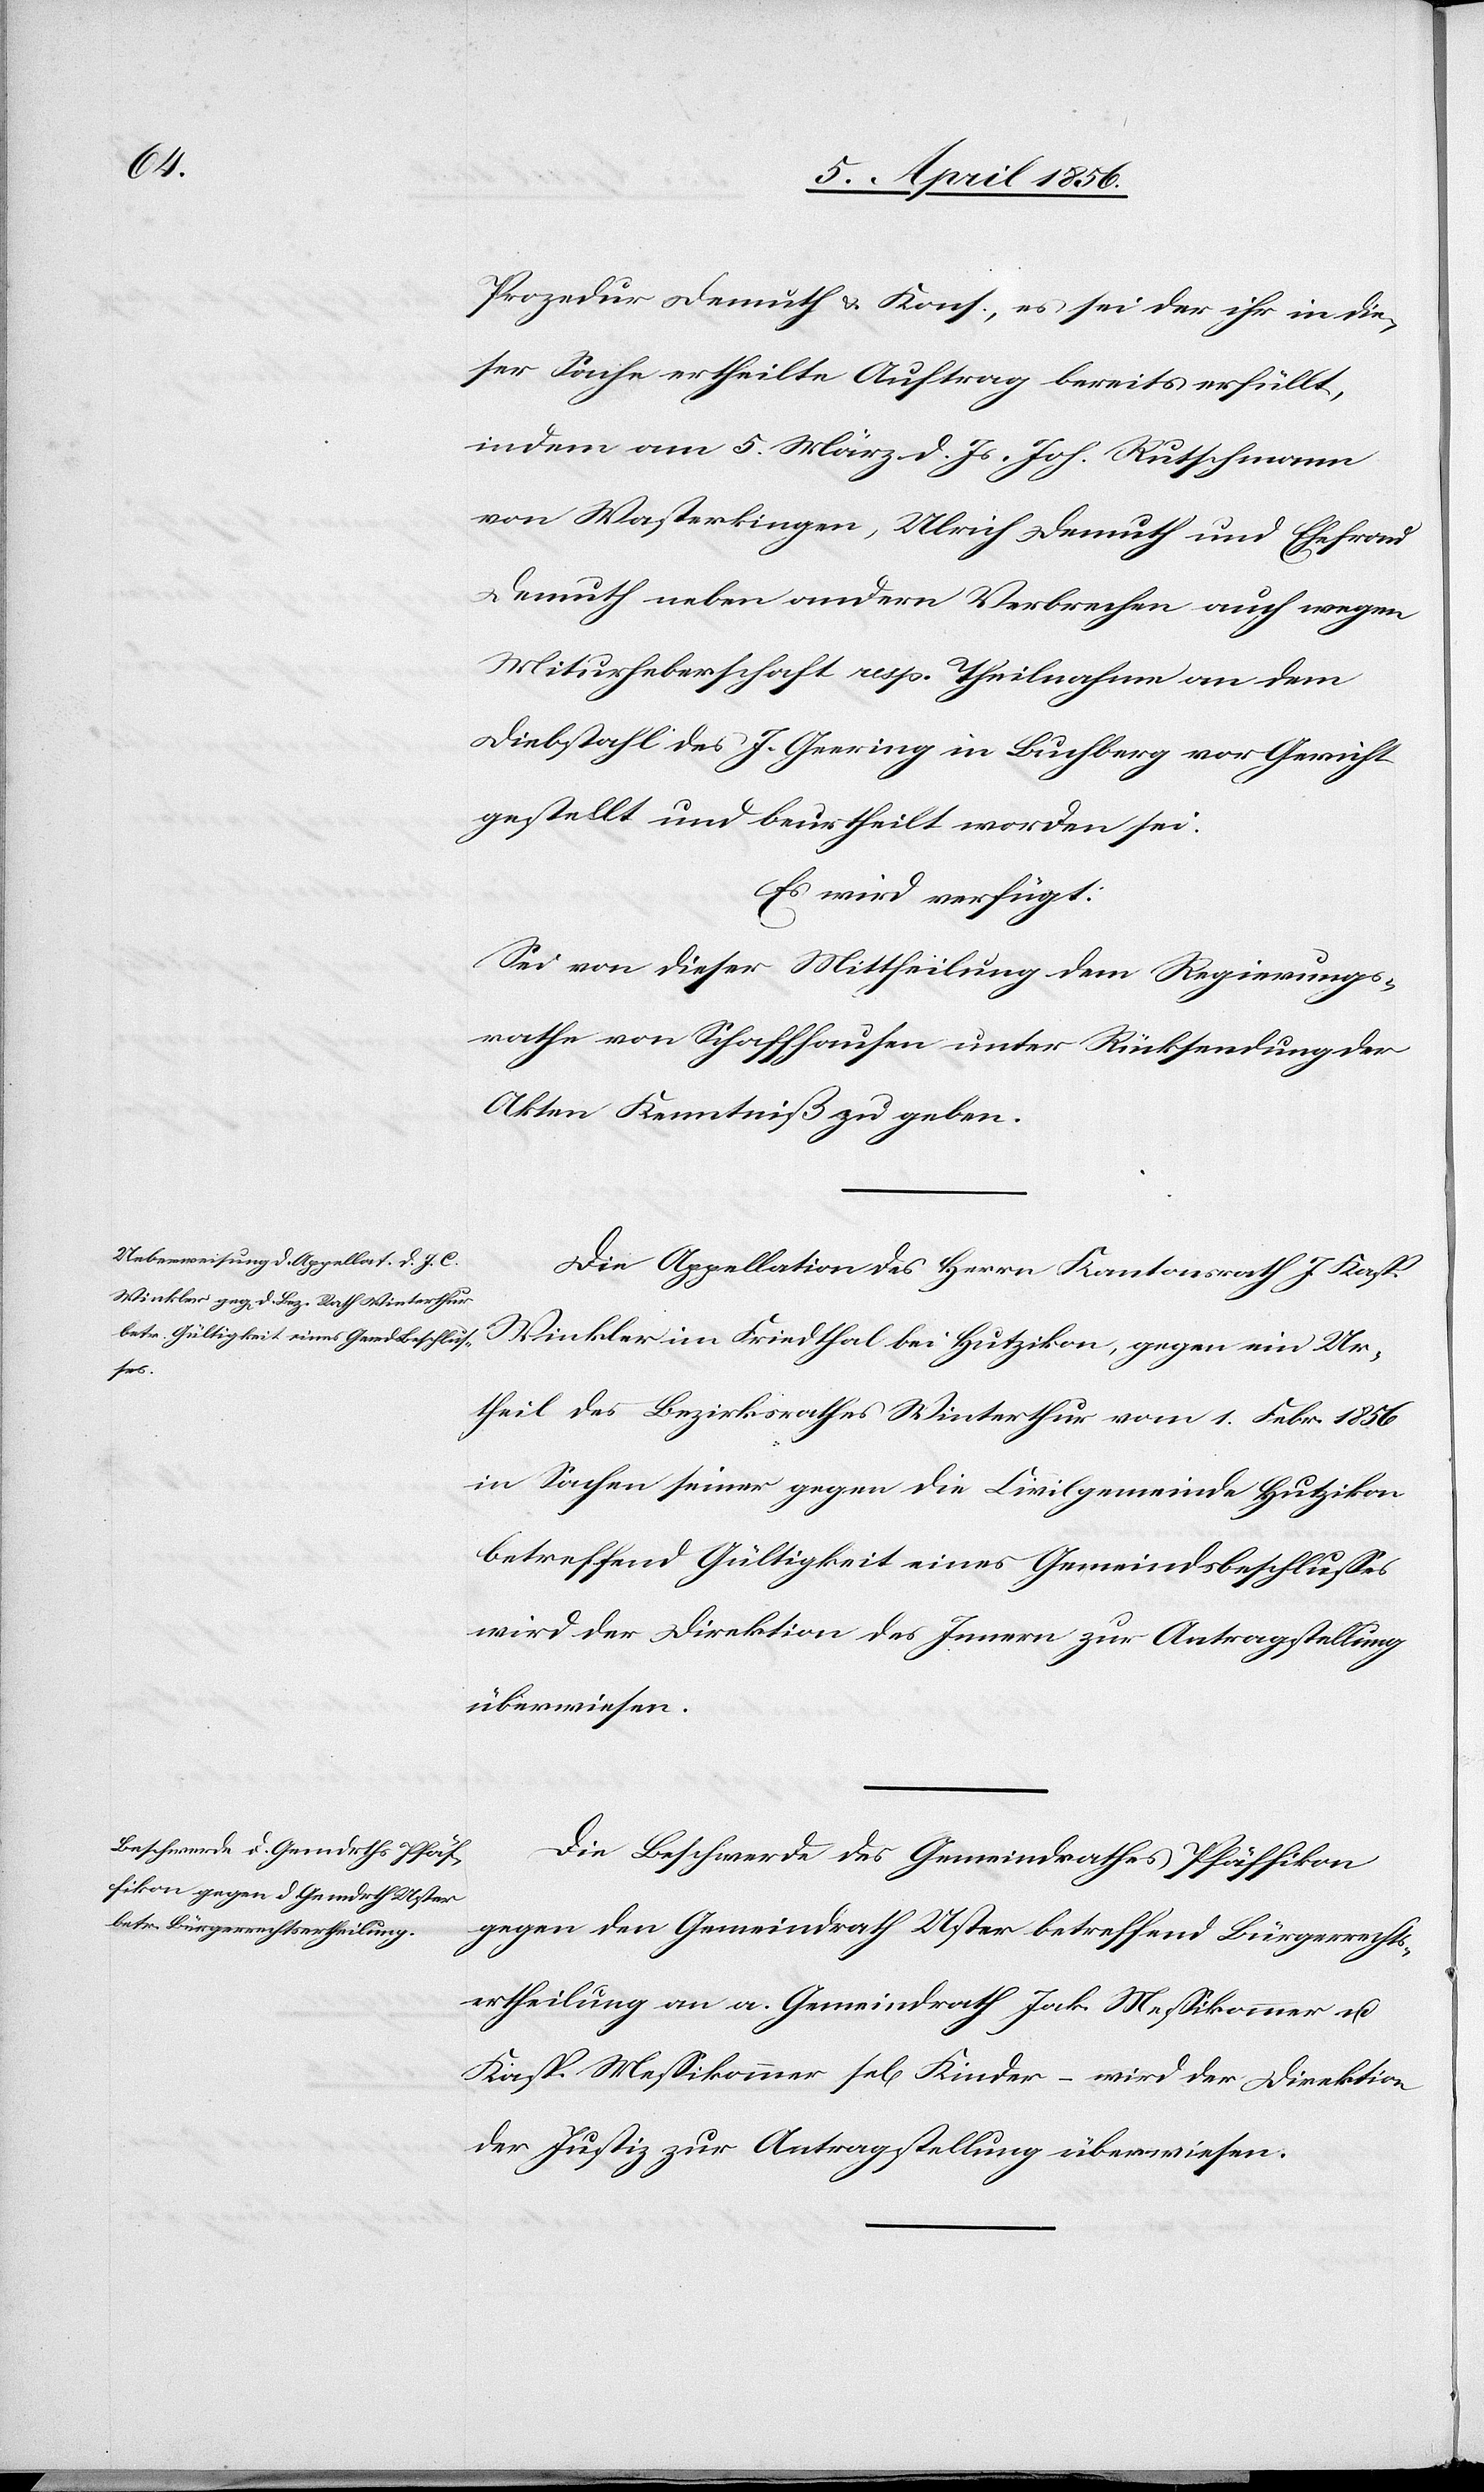
7. April 1856.]
Prozedur Demuth & Kons., es sei der ihr in die¬
ser Sache ertheilte Auftrag bereits erfüllt,
indem am 5. März d. Js. Joh. Rutschmann
von Wasterkingen, Ulrich Demuth und Ehefrau
Demuth neben andern Verbrechen auch wegen
Miturheberschaft resp. Theilnahme an dem
Diebstahl des J. Geering in Buchberg vor Gericht
gestellt und beurtheilt worden sei.
Es wird verfügt:
Sei von dieser Mittheilung dem Regierungs¬
rathe von Schaffhausen unter Rücksendung der
Akten Kenntniß zu geben.
Die Appellation des Herrn Kantonsrath J Kasp.
Winkler im Friedthal bei Hutzikon, gegen ein Ur¬
theil des Bezirksrathes Winterthur vom 1. Febr. 1856
in Sachen seiner gegen die Civilgemeinde Hutzikon
betreffend Gültigkeit eines Gemeindsbeschlusses
wird der Direktion des Innern zur Antragstellung
überwiesen.
Die Beschwerde des Gemeindrathes Pfäffikon
gegen den Gemeindrath Uster betreffend Bürgerrechts¬
ertheilung an a. Gemeindrath Jak. Messikommer u.
Kasp. Messikommer sel[ig] Kinder – wird der Direktion
der Justiz zur Antragstellung überwiesen.